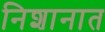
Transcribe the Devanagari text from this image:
निशानात